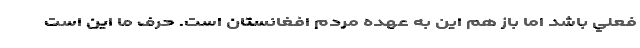
فعلي باشد اما باز هم اين به عهده مردم افغانستان است. حرف ما اين است